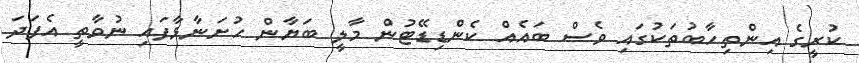
ކުރީގެ އިންތިހާބުތަކުގައި ވެސް ބައެއް ކެންޑިޑޭޓުން މާލީ ބަޔާން ހުށަނާޅާފައި ނުވާތީ އެފަދަ